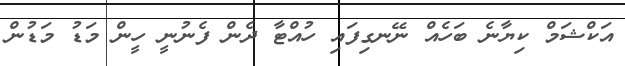
އަކްޝަމް ކިޔާނެ ބަހެއް ނޭނގިފައި ހުއްޓާ ދެން ފެނުނީ ހީން މަޑު މަޑުން